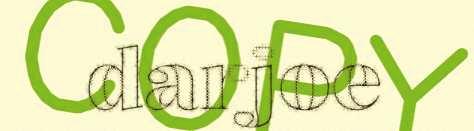
darjoe